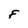
Character: F